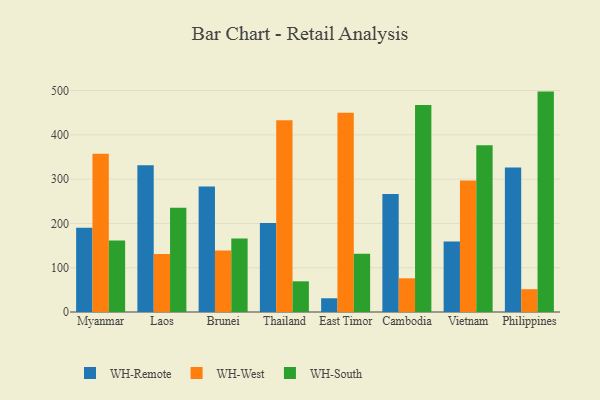
{"axis": {"x": "Country", "y": "Production Output"}, "legend": ["WH-Remote", "WH-South", "WH-West"], "data": [{"x": "Myanmar", "y": 190.3, "type": "WH-Remote"}, {"x": "Myanmar", "y": 357.6, "type": "WH-West"}, {"x": "Myanmar", "y": 161.3, "type": "WH-South"}, {"x": "Laos", "y": 331.2, "type": "WH-Remote"}, {"x": "Laos", "y": 130.8, "type": "WH-West"}, {"x": "Laos", "y": 235.5, "type": "WH-South"}, {"x": "Brunei", "y": 283.4, "type": "WH-Remote"}, {"x": "Brunei", "y": 138.9, "type": "WH-West"}, {"x": "Brunei", "y": 166.0, "type": "WH-South"}, {"x": "Thailand", "y": 201.0, "type": "WH-Remote"}, {"x": "Thailand", "y": 433.0, "type": "WH-West"}, {"x": "Thailand", "y": 69.3, "type": "WH-South"}, {"x": "East Timor", "y": 31.0, "type": "WH-Remote"}, {"x": "East Timor", "y": 450.1, "type": "WH-West"}, {"x": "East Timor", "y": 131.5, "type": "WH-South"}, {"x": "Cambodia", "y": 266.5, "type": "WH-Remote"}, {"x": "Cambodia", "y": 76.1, "type": "WH-West"}, {"x": "Cambodia", "y": 467.5, "type": "WH-South"}, {"x": "Vietnam", "y": 159.1, "type": "WH-Remote"}, {"x": "Vietnam", "y": 296.7, "type": "WH-West"}, {"x": "Vietnam", "y": 376.7, "type": "WH-South"}, {"x": "Philippines", "y": 326.1, "type": "WH-Remote"}, {"x": "Philippines", "y": 51.5, "type": "WH-West"}, {"x": "Philippines", "y": 497.7, "type": "WH-South"}]}